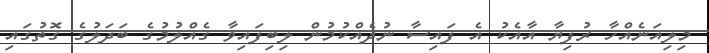
މިލިއަނެއްހާ ރުފިޔާ އާއެކު އެ ފައިސާ ނުދެއްކުމުން ލިބިފައިވާ ގެއްލުމުގެ ބަދަލުގެ ގޮތުގައި